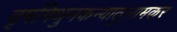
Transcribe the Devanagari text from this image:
वृषमिथुनकन्यातुलामकर